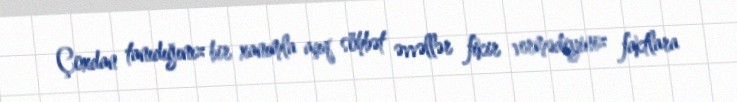
Çoxdan tanıdığınız bir xanımla açıq söhbət əvvəllər fikir vermədiyiniz faktlara